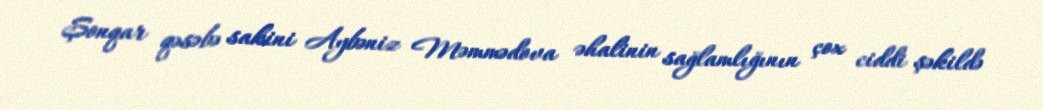
Şonqar qəsəbə sakini Aybəniz Məmmədova əhalinin sağlamlığının çox ciddi şəkildə